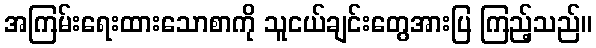
အကြမ်းရေးထားသောစာကို သူငယ်ချင်းတွေအားပြ ကြည့်သည်။